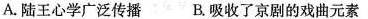
A.陆王心学广泛传播B.吸收了京剧的戏曲元素